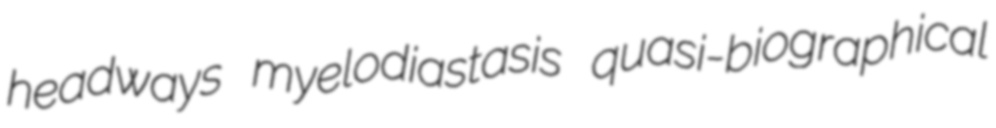
headways myelodiastasis quasi-biographical